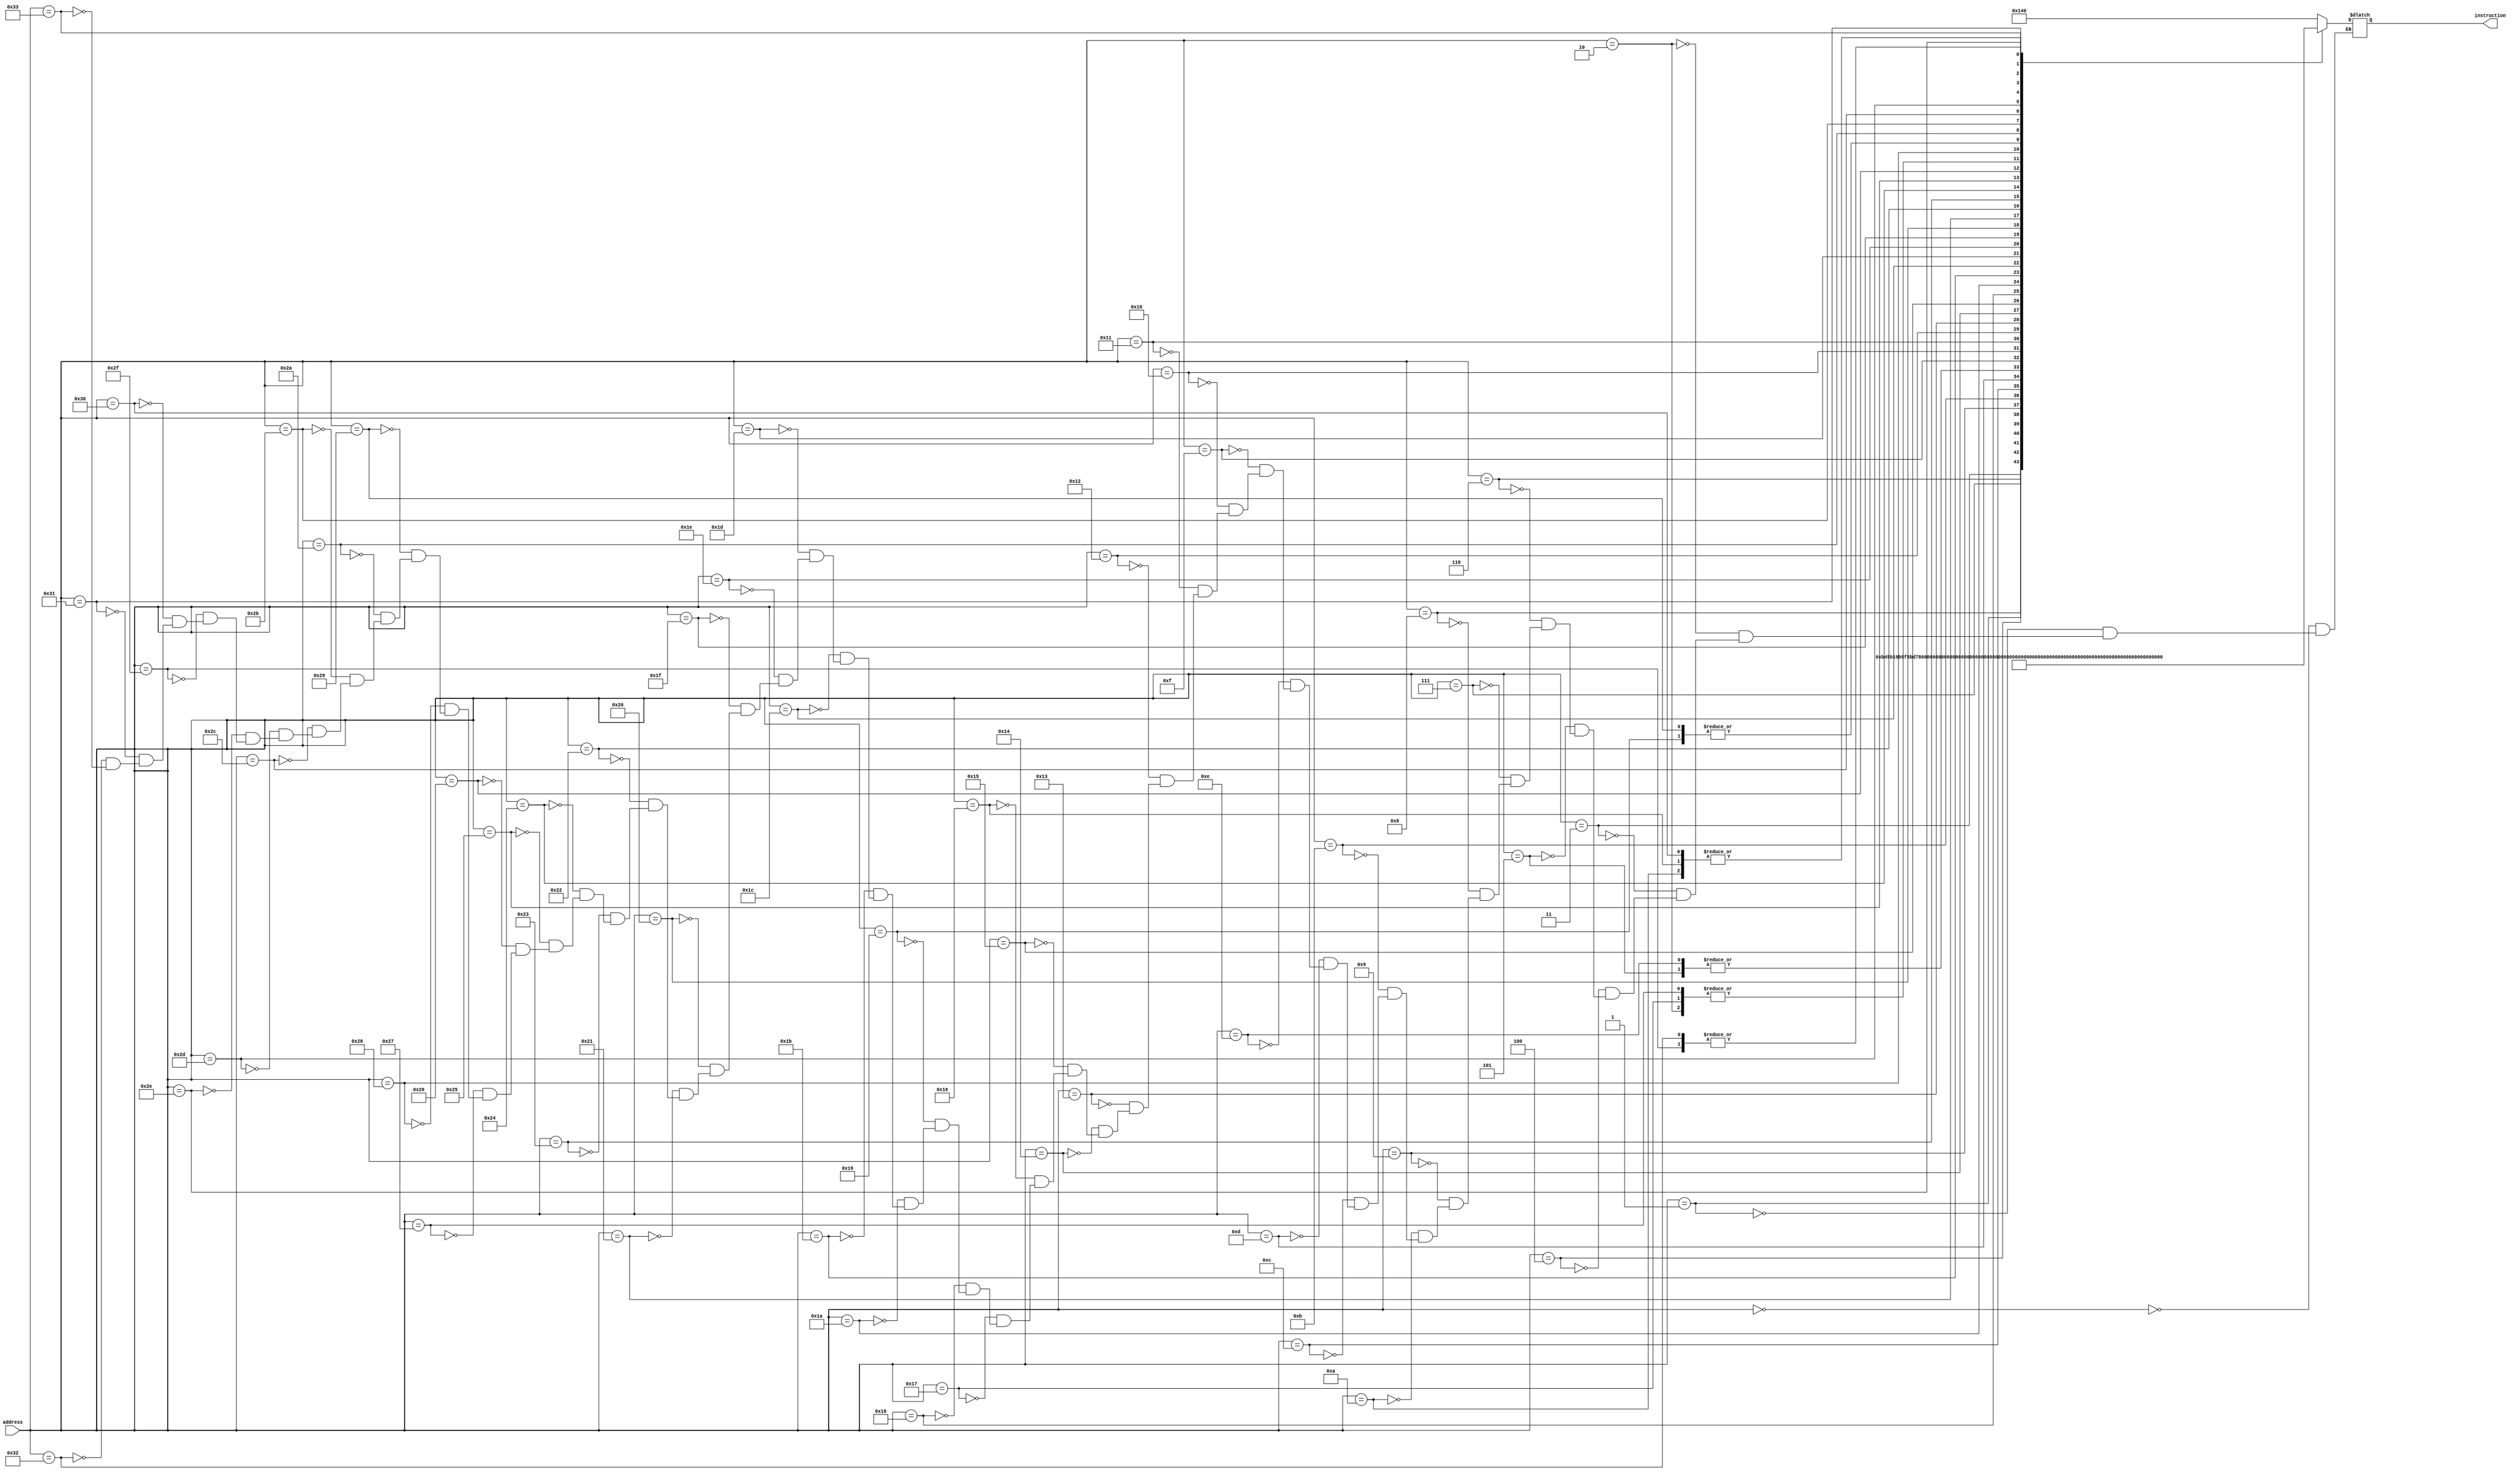
module instruction_rom_prog1
(
    input [7:0] address,
    output [8:0] instruction
);

    reg [8:0]  instruction_out;

    always @ (address) begin
        case (address)




            // MainProgram3:
            0:  instruction_out = 9'b1010_0_0000;    // slw	0, 1100      # $imm = 128
            1:  instruction_out = 9'b1011_0_1000;    // shg	0, 1100      # $imm = 128
            2:  instruction_out = 9'b0110_01_100;    // stf	$imm, $s1    # $s1 =$imm (Values start here)
            3:  instruction_out = 9'b1011_0_1100;    // shg 0, 1100      # $imm = 192 (Array starts here) 
            4:  instruction_out = 9'b0110_01_101;    // stf	$imm, $s2    # $s2 = 192 (Array)

            //Initialize values

            5:  instruction_out = 9'b1011_1_1111;    // shg	1, 1111      # $branch = 255
            6:  instruction_out = 9'b1010_1_1111;    // slw	1, 1111      # $branch = 255

            7:  instruction_out = 9'b0101_10_111;    // stt	10, 111      # $t1 = $branch (255)
            8:  instruction_out = 9'b1010_1_1110;    // slw	1, 1110      # $branch = -2

            //Loop until last entry
            9:  instruction_out = 9'b0010_00_001;    // st $zero, $imm   #initialize to 0
           10:  instruction_out = 9'b0111_01_000;    // inc $imm
           11:  instruction_out = 9'b1101_01_010;    // bl $imm, $t1     # branch to -2

            //main loop

           12:  instruction_out = 9'b0101_10_000;    // stt $t1, $zero   # t1 = 0
            


           13:  instruction_out = 9'b1010_1_0111;    // slw	1, 0111      # $branch = Increment (~-9)
           14:  instruction_out = 9'b1011_1_1111;    // shg	1, 1111      # $branch = Increment (~-9)

            // Increment:
           15:  instruction_out = 9'b0101_10_101;    // stt	$t1, $s2     # $t1 = $s2 (192)
           16:  instruction_out = 9'b0001_01_100;    // ld  $imm, $s1    # $imm = Mem[$s1]
           17:  instruction_out = 9'b0000_10_001;    // add	$t1, $imm    # $t1 += $imm
           18:  instruction_out = 9'b0001_11_010;    // ld 	$t2, $t1     # $t2 = Mem[$t1]
           19:  instruction_out = 9'b0111_11_000;    // inc	$t2          # $t2++
           20:  instruction_out = 9'b0010_11_010;    // st 	$t2, $t1     # Mem[$t1] = $t2
           21:  instruction_out = 9'b1001_01_100;    // swp $imm, $s1    # swap s1,imm to increase s1
           22:  instruction_out = 9'b0111_01_000;    // inc	$imm         # $imm++
           23:  instruction_out = 9'b0110_01_100;    // stf $imm, $s1    # swap back
           24:  instruction_out = 9'b1101_01_101;    // bl  $imm, $s2    # Start counting if we reach end of array
                                                     //                  # address in $branch here should be this 
                                                     //                  # instruction number - increment instr #

           // imm - misc
           // T1 - current value
           // T2 - most common value # (stored in memory 126)
           // S1 - # of time most common value repeats (stored in 127)
           // S2 - The starting address of the result array
           // S3 - 64, for branching on the entries (should stop when t1 == 64)
           25:  instruction_out = 9'b1010_0_1111;    // slw  0, 0000     # $imm = 64
           26:  instruction_out = 9'b1011_0_0011;    // shg	 0, 0100     # $imm = 64           
           27:  instruction_out = 9'b0110_01_110;    // stf	 $imm, $s3   # $s3 = 64 
           28:  instruction_out = 9'b0110_00_010;    // stf  $zero, $t1  # $t1 = 0 
           29:  instruction_out = 9'b0110_00_011;    // stf  $zero, $t2 
           30:  instruction_out = 9'b0110_00_100;    // stf  $zero, $s1 

           // Count:
           31:  instruction_out = 9'b1010_1_1100;    // slw  1, 1010     # $branch = End (~+13) 
           32:  instruction_out = 9'b1011_1_0000;    // shg  1, 0000     # $branch = End (~+13)
           33:  instruction_out = 9'b1100_10_110;    // be   $t1, $s3    # branch if $t1 == 64
           34:  instruction_out = 9'b0101_01_101;    // stt  $imm, $s2   # $imm = 192 
           35:  instruction_out = 9'b0000_01_010;    // add  $imm, $t1   # $imm = 192 + (entry) 
           36:  instruction_out = 9'b0001_01_001;    // ld   $imm, $imm  # $imm = mem[imm] 
           37:  instruction_out = 9'b1010_1_0011;    // slw  1, 0011     # go to continue (~+3)
           38:  instruction_out = 9'b1101_01_100;    // bl   $imm, $s1   # branch if !(current entry repeats more than prev max)
           39:  instruction_out = 9'b0110_01_100;    // stf  $imm, $s1   # new max count = $imm
           40:  instruction_out = 9'b0101_11_010;    // stt  $t2,  $t1   # new max entry = $t2

           // Continue:
           41:  instruction_out = 9'b1010_0_1111;    // slw  $imm, 0111  # set to count (~31)
           42:  instruction_out = 9'b1011_0_0001;    // shg  $imm, 0001  # set to count (~31)
           43:  instruction_out = 9'b0111_10_000;    // inc  $t1         # increment current entry
           44:  instruction_out = 9'b1110_01_000;    // jmp  $imm

           // end:
           45:  instruction_out = 9'b1010_0_1110;    // slw  $imm, 1110  # $imm = 126
           46:  instruction_out = 9'b1011_0_0111;    // shg  $imm, 0111  # $imm = 126
           47:  instruction_out = 9'b0010_11_001;    // st   $t2, $imm   # Mem[126] = highest value
           48:  instruction_out = 9'b0111_01_000;    // inc  $imm        # $imm = 127
           49:  instruction_out = 9'b1001_11_100;    // swp  $t2, $s1
           50:  instruction_out = 9'b0010_11_001;    // st   $imm, $t2   # Mem[127] = value count
           51:  instruction_out = 9'b0111_00_010;

        endcase
    end

    assign instruction = instruction_out;

endmodule